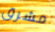
مشرق